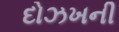
દોઝખની